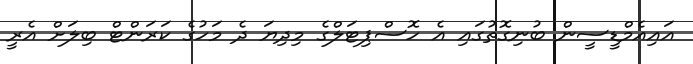
އައިއެމްޑީސީން ބުނިގޮތުގައި އެ ހޮސްޕިޓަލްގެ މިދިޔަ ދެ މަހުގެ ކަރަންޓް ބިލަށް އެރީ